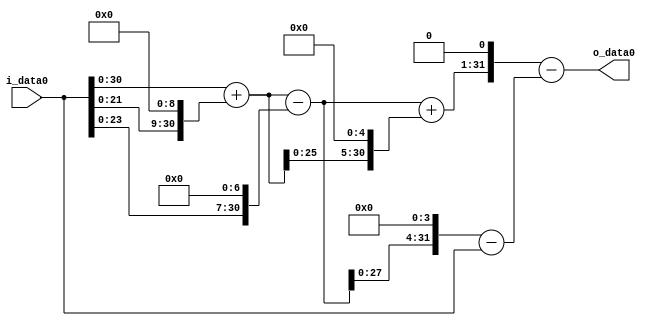
module multiplier_block (
    i_data0,
    o_data0
);

  // Port mode declarations:
  input   [31:0] i_data0;
  output  [31:0]
    o_data0;

  //Multipliers:

  wire [31:0]
    w1,
    w512,
    w513,
    w128,
    w385,
    w16416,
    w16801,
    w6160,
    w6159,
    w33602,
    w27443;

  assign w1 = i_data0;
  assign w128 = w1 << 7;
  assign w16416 = w513 << 5;
  assign w16801 = w385 + w16416;
  assign w27443 = w33602 - w6159;
  assign w33602 = w16801 << 1;
  assign w385 = w513 - w128;
  assign w512 = w1 << 9;
  assign w513 = w1 + w512;
  assign w6159 = w6160 - w1;
  assign w6160 = w385 << 4;

  assign o_data0 = w27443;

  //multiplier_block area estimate = 9154.25268245589;
endmodule